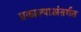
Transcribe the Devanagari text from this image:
प्रकाल्पाअंतर्गत